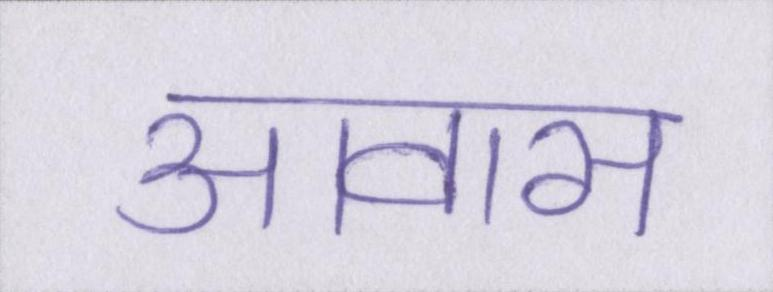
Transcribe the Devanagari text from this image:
आवास